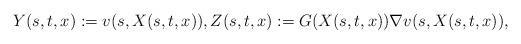
\begin{align*}Y(s,t,x):=v(s,X(s,t,x)), Z(s,t,x):=G(X(s,t,x))\nabla v(s,X(s,t,x)),\end{align*}